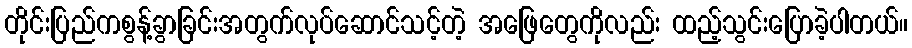
တိုင်းပြည်ကစွန့်ခွာခြင်းအတွက်လုပ်ဆောင်သင့်တဲ့ အဖြေတွေကိုလည်း ထည့်သွင်းပြောခဲ့ပါတယ်။